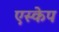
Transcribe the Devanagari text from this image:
एस्‍केप